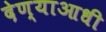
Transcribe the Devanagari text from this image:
देण्याआधी